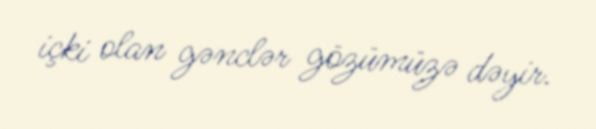
içki olan gənclər gözümüzə dəyir.